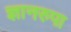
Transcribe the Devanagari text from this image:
ज्ञानरुपा